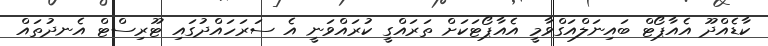
ކާޑެއްދޫ އެއާޕޯޓް ބައިނަލްއަގްވާމީ އެއާޕޯޓަކަށް ތަރައްގީ ކުރައްވަނީ އެ ސަރަހައްދުގައި ޓޫރިސްޓް އެނދުތައް